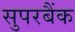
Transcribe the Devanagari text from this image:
सुपरबैंक